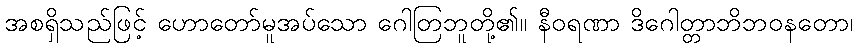
အစရှိသည်ဖြင့် ဟောတော်မူအပ်သော ဂေါတြဘူတို့၏။ နီဝရဏာ ဒိဂေါတ္တာဘိဘဝနတော၊